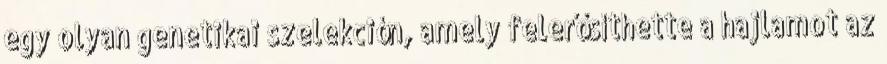
egy olyan genetikai szelekción, amely felerősíthette a hajlamot az